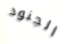
الجنود